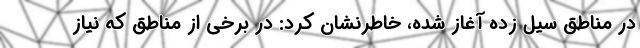
در مناطق سیل زده آغاز شده، خاطرنشان کرد: در برخی از مناطق که نیاز